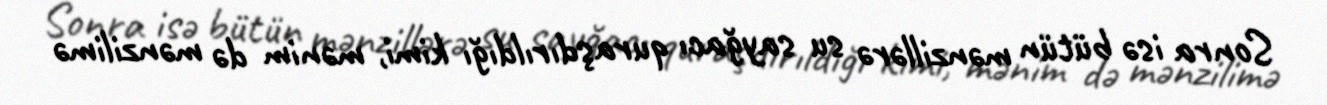
Sonra isə bütün mənzillərə su sayğacı quraşdırıldığı kimi, mənim də mənzilimə